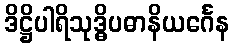
ဒိဋ္ဌိပါရိသုဒ္ဓိပဓာနိယင်္ဂေန